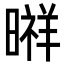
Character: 㬕